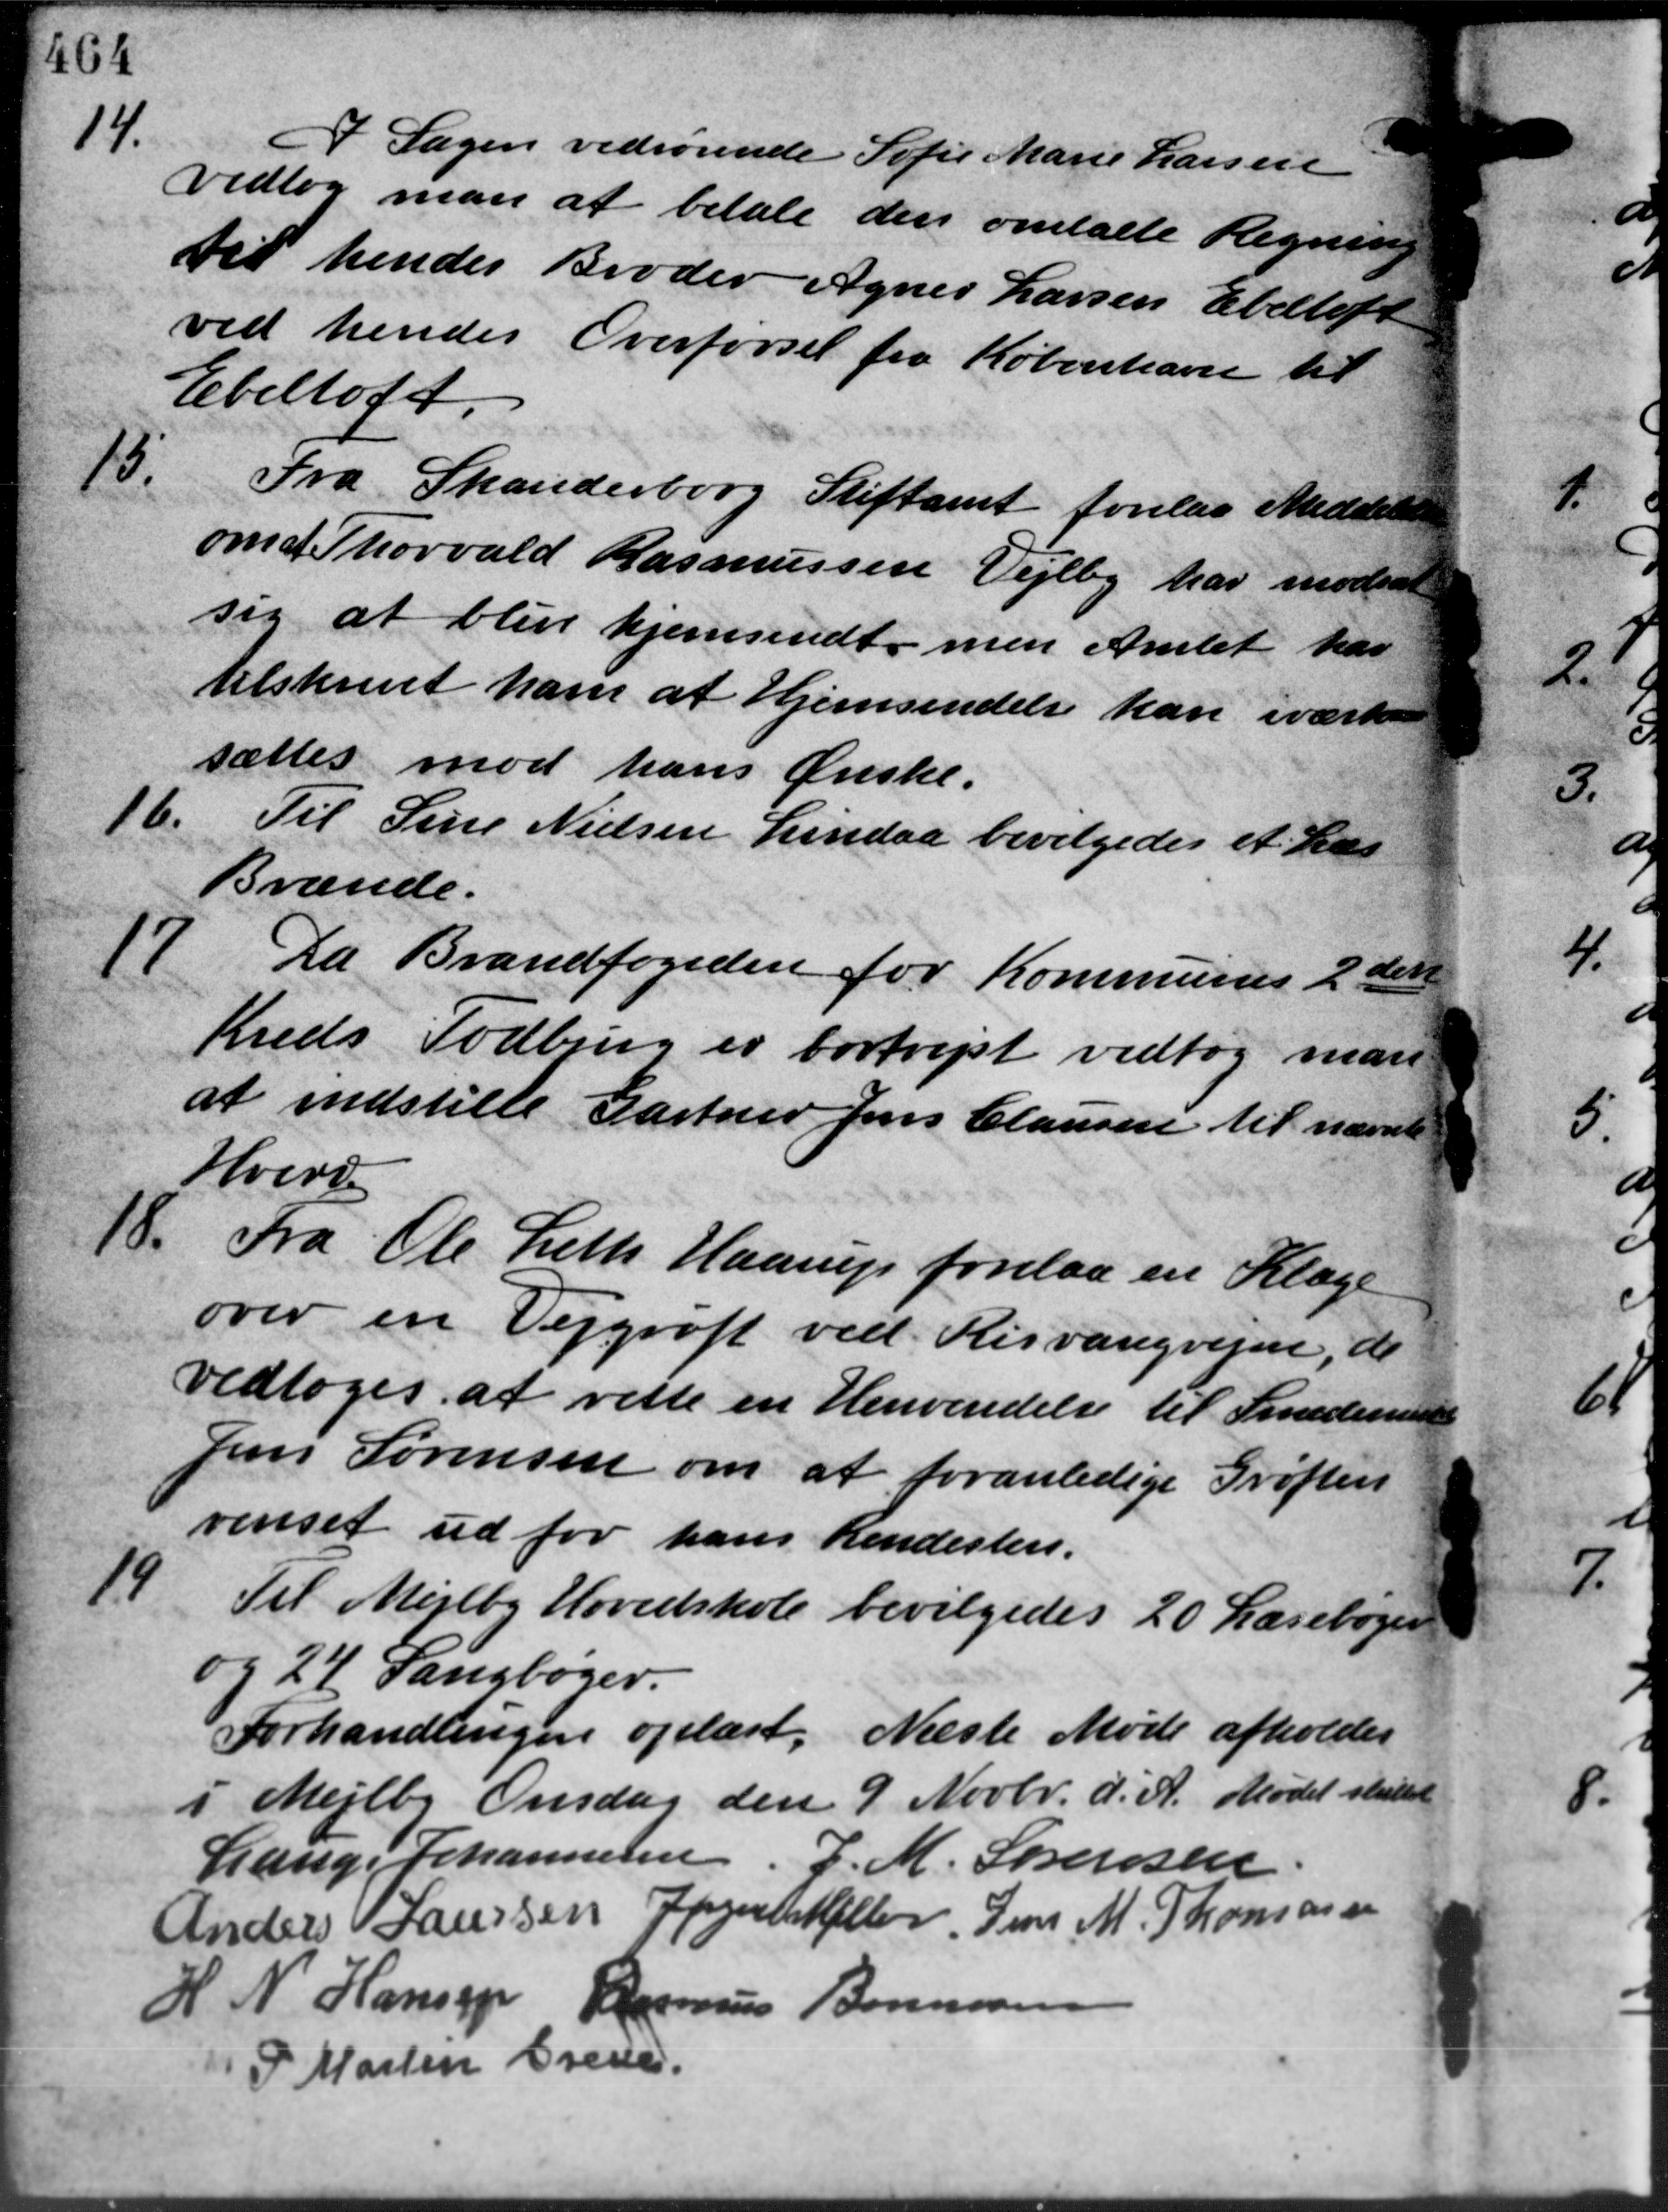
Transskription:
14.
I Sagen vedrørende Sofie Marie Larsen
vedtog man at betale den omtalte Regning
til hendes Broder Agnes Larsen Ebeltoft
ved hendes Overførsel fra København til
Ebeltoft
15.
Fra Skanderborg Stiftamt forelaa Meddelelse
om at Thorvald Rasmussen Vejlby har modsat
sig at blive hjemsendt men Amtet har
tilskrevet ham at Hjemsendelse kan iværke
sættes mod hans Ønske.
16.
Til Sine Nielsen Lindaa bevilgedes et Læs
Brænde.
17.
Da Brandfogeden for Kommunes 2 den
Kreds Todbjerg er bortrejst vedtog man
at indstille Gartner Jens Clausen til nævnte
Hverv
18.
Fra Ole Leth Haarup forelaa en Klage
over en Vejgrøft ved Risvangvejen, de
vedtoges at rette en Henvendelse til Smedemester
Jens Sørensen om at foranledige Grøften
renset ud for hans Rendester.
14
Til Mejlby Hovedskole bevilgedes 20 Læsebøger
og 24 Sangbøger.
Forhandlingen oplæst. Næste Møde afholdes
i Mejlby Onsdag den 9 Novbr. d. A. Mødet sluttet
Lauge Johannesen, J. M. Sørensen
Anders Laursen Jaurt Heller Jens M. Thomasen
H N Hansen Rasmus Bonnesen
P. Martin Greve.